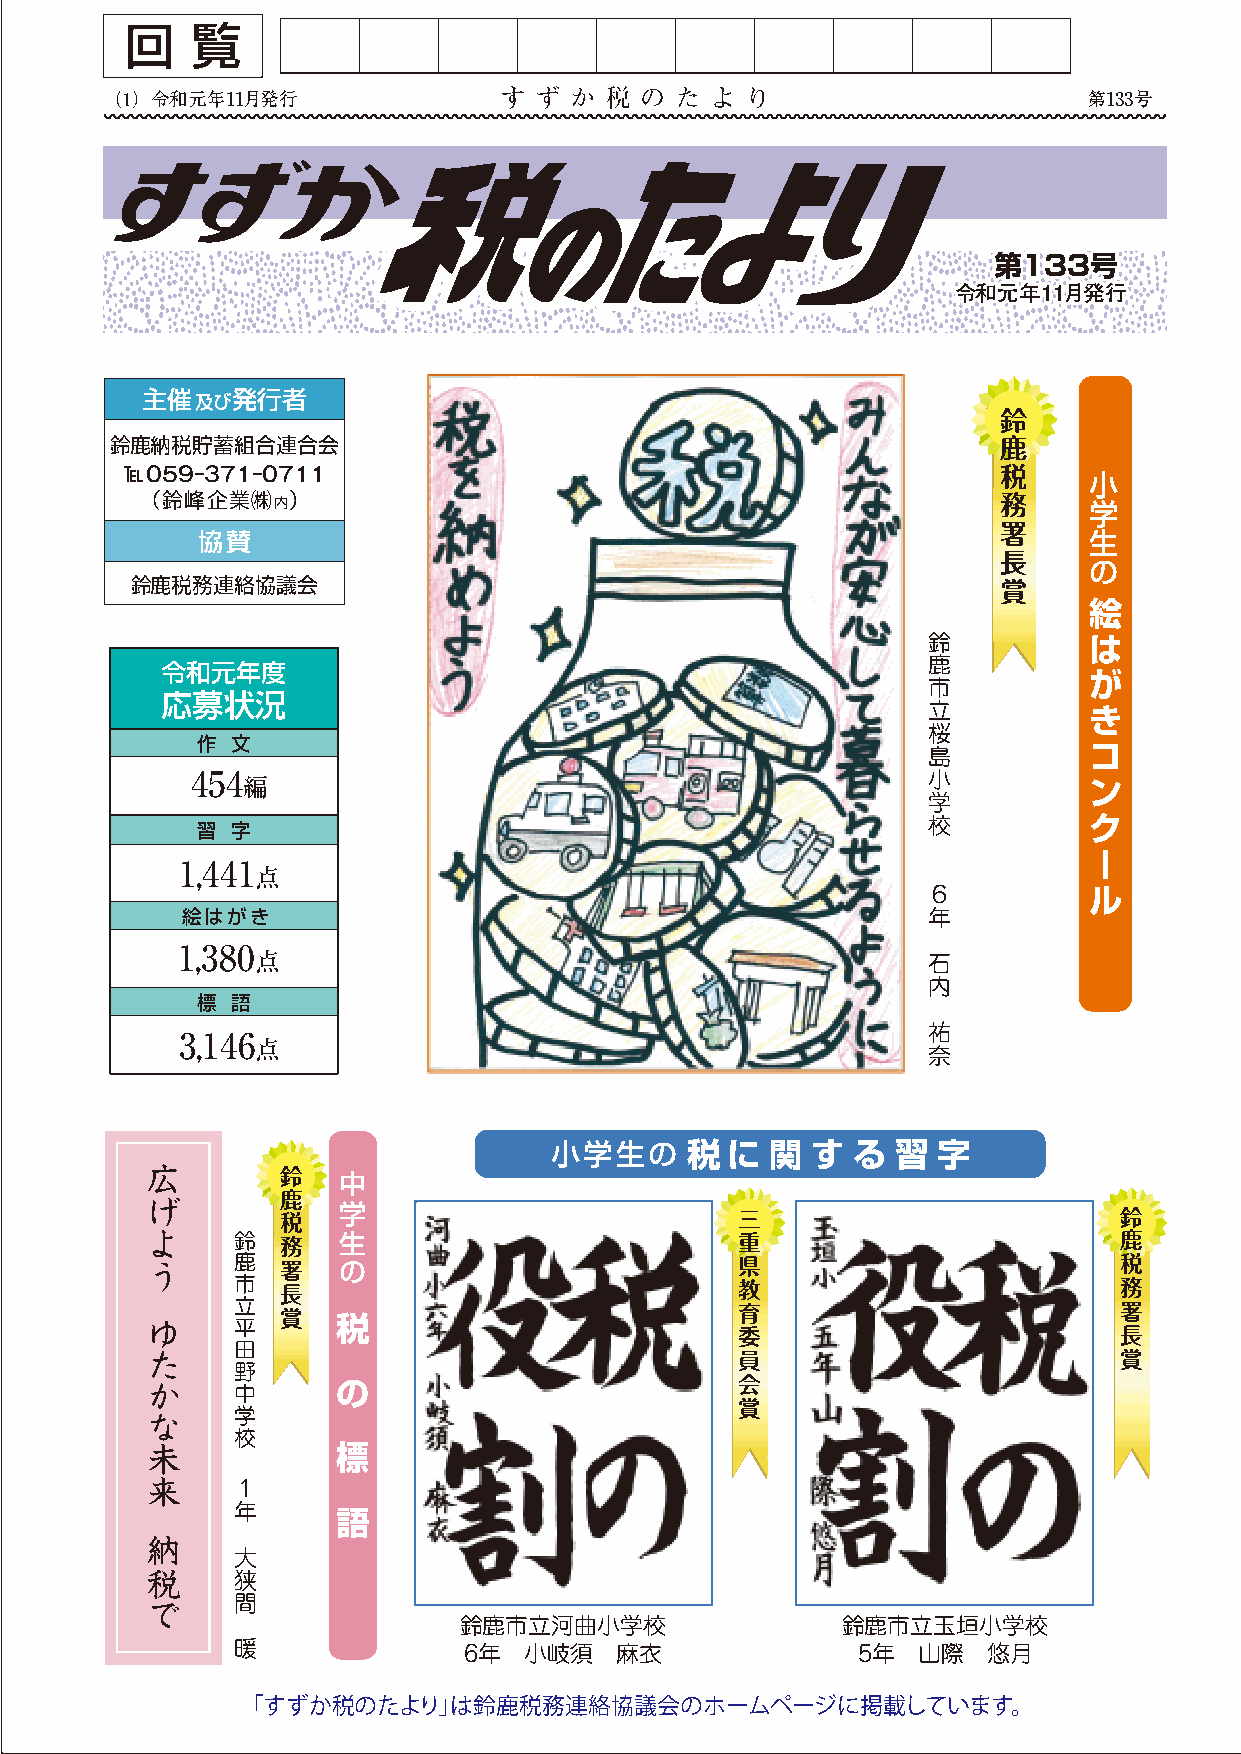
回    覧
 令和元年11月発行                                                     第133号
 第第113333号号
 令令和和元元年年1111月月発発行行
 主催及び発行者
 鈴      鈴
 鈴鹿納税貯蓄組合連合会                                                鹿      鹿
 ℡059-371-0711                                             税     小税
 （鈴峰企業㈱内）                                                 務     学務
 署      署
 協賛                                                         生
 長      長
 の
 鈴鹿税務連絡協議会                                                賞      賞
 絵
 鈴          は
 鹿
 令和元年度                                                        が
 市
 応募状況                                              立          き
 桜
 作 文                                                        コ
 島
 454                                             小          ン
 編
 学
 校          ク
 習 字
 ー
 1,441
 点
 ６          ル
 絵はがき                                             年
 1,380 点                                          石
 内
 標 語
 祐
 3,146
 点                                           奈
 小学生の     税  に  関  す る  習  字
 広        鈴  中
 げ        鹿  学
 税                             三                        鈴
 よ    鈴   務  生                          重                        鹿
 う    鹿   署  の                          県                        税
 市   長                             教                        務
 ゆ    立 平 賞  税                          育                        署
 委                        長
 田
 た                                      員                        賞
 野
 か    中      の                          会
 賞
 な    学
 校
 未           標
 来    １
 年      語
 納
 大
 税    狭
 で    間
 鈴鹿市立河曲小学校                 鈴鹿市立玉垣小学校
 暖
 6年  小岐須   麻衣              5年  山際  悠月
 「すずか税のたより」は鈴鹿税務連絡協議会のホームページに掲載しています。